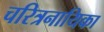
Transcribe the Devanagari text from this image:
चरित्रनायिका